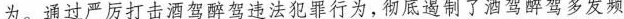
为。通过严厉打击酒驾醉驾违法犯罪行为，彻底遏制了酒驾醉驾多发频